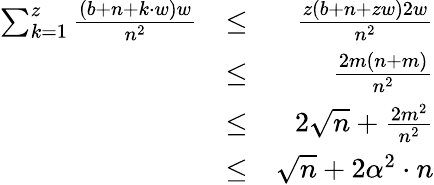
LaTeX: \begin{array}{rlr}{\sum_{k=1}^{z}\frac{(b+n+k\cdot w)w}{n^{2}}}&{\leq}&{\frac{z(b+n+zw)2w}{n^{2}}}\\ &{\leq}&{\frac{2m(n+m)}{n^{2}}}\\ &{\leq}&{2\sqrt{n}+\frac{2m^{2}}{n^{2}}}\\ &{\leq}&{\sqrt{n}+2\alpha^{2}\cdot n}\end{array}